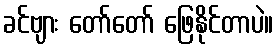
ခင်ဗျား တော်တော် ဖြေနိုင်တာပဲ။